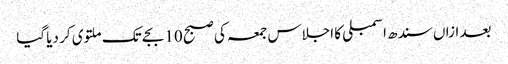
بعد ازاں سندھ اسمبلی کا اجلاس جمعہ کی صبح 10 بجے تک ملتوی کر دیا گیا